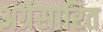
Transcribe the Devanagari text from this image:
अग्रेसारित